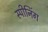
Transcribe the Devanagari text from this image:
स्पीनिंग